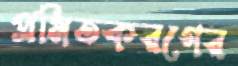
প্রমিতকরণের